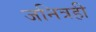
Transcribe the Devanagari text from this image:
जनित्रही